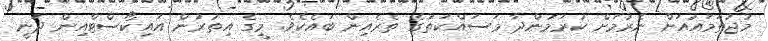
މުޖުތަމައުއަށް ނެރުމަށް ކުރަމުންދާ މަސައްކަތުގެ ތެރެއިން ބައެކެވެ. މީގެ އިތުރުން އައިކޯސްޓްއިން ދަނީ